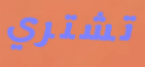
تشتري